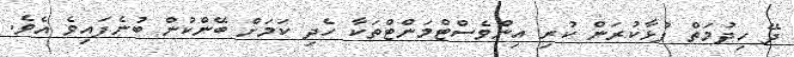
ދޭ ހިދުމަތް ފުޅާކުރަން ކުރި އިންވެސްޓްމަންޓްތަކާ ހެދި ކަމަށް ބޭންކުން ބުނެފައިވެ އެވެ.